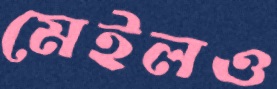
মেইলও